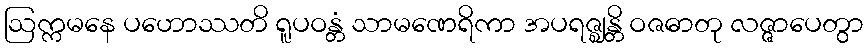
ဩက္ကမနေ ပဟောဿတိ ရူပဝန္တံ သာမဏေရိကာ အပရဇ္ဈန္တိ ဝဇဓာတု လဇ္ဇာပေတွာ